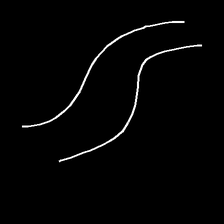
Glyph: float